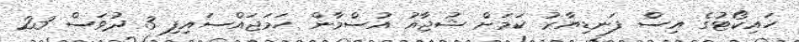
ހައިކޯޓުގެ އިސް ފަނޑިޔާރު ކަމަށް ޝުޖާއު އުސްމާން ހަމަޖައްސައިފި 3 ދުވަސް 23